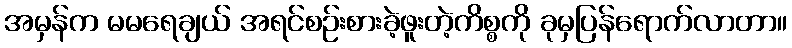
အမှန်က မမရေချယ် အရင်စဉ်းစားခဲ့ဖူးတဲ့ကိစ္စကို ခုမှပြန်ရောက်လာတာ။